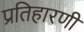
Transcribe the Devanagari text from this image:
प्रतिहारणी